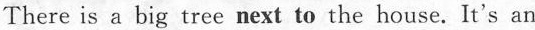
There is a big tree next to the house. It's an